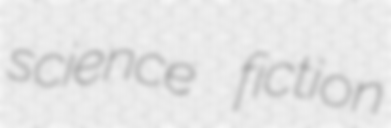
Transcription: science fiction